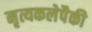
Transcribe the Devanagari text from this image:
नृत्यकलेपैकी